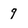
Character: 9